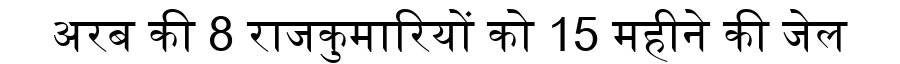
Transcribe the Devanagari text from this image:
अरब की 8 राजकुमारियों को 15 महीने की जेल